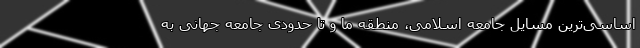
اساسی‌ترین مسایل جامعه اسلامی، منطقه ما و تا حدودی جامعه جهانی به